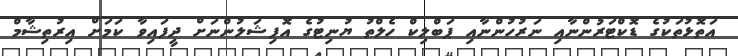
އަތޮޅުތަކުގެ ޑޮކްޓަރުންނާއި ނަރުހުންނާއި ޕަބްލިކް ހެލްތު ޔުނިޓުގެ އޮފިޝަލުންނަށް ދީފައިވާ ކަމަށް އިރުތިޝާމް